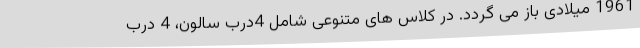
1961 میلادی باز می گردد. در کلاس های متنوعی شامل 4درب سالون، 4 درب